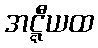
အဋ္ဋီယထ